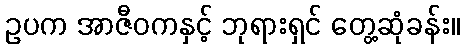
ဥပက အာဇီဝကနှင့် ဘုရားရှင် တွေ့ဆုံခန်း။